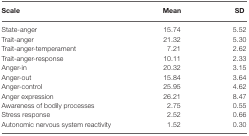
| Scale | Mean | SD |
 | --- | --- | --- |
 | State-anger | 15.74 | 5.52 |
 | Trait-anger | 21.32 | 5.30 |
 | Trait-anger-temperament | 7.21 | 2.62 |
 | Trait-anger-response | 10.11 | 2.33 |
 | Anger-in | 20.32 | 3.15 |
 | Anger-out | 15.84 | 3.64 |
 | Anger-control | 25.95 | 4.62 |
 | Anger expression | 26.21 | 8.47 |
 | Awareness of bodily processes | 2.75 | 0.55 |
 | Stress response | 2.52 | 0.66 |
 | Autonomic nervous system reactivity | 1.52 | 0.30 |